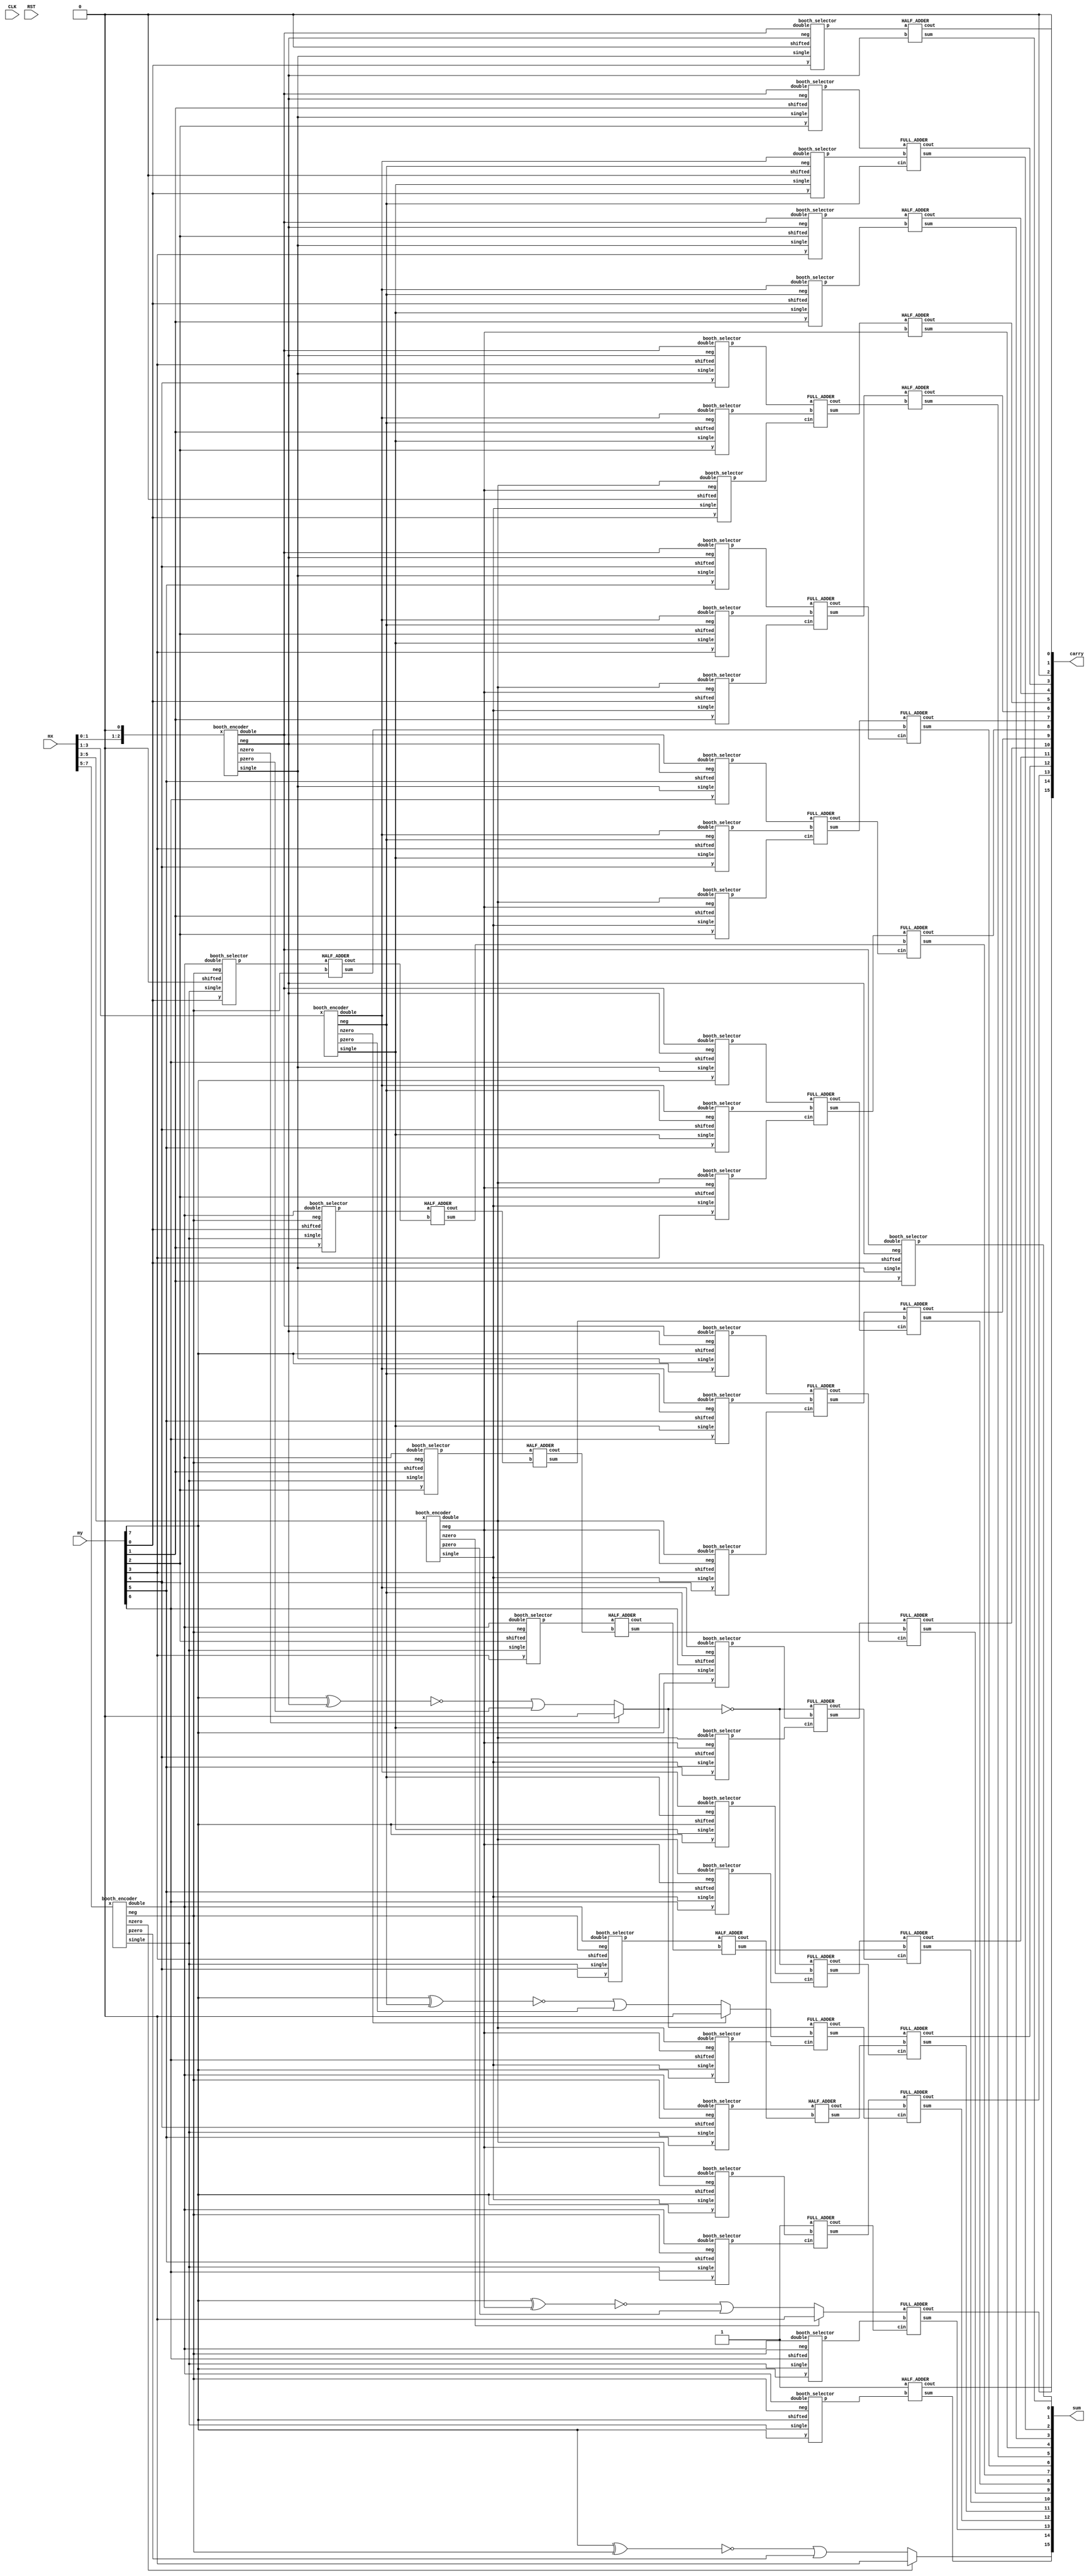
module r4_mb8 #(parameter WIDTH = 8)(

input signed [WIDTH-1:0] mx,
input signed [WIDTH-1:0] my,
input CLK,
input RST,
output signed [15:0] sum,
output signed [15:0] carry
//output signed [15:0] product
);
 
//parameter group_cnt=(WIDTH>>1)+1; 
parameter group_cnt=(WIDTH>>1); 
//wire signed [15:0] product;

wire [group_cnt - 1:0] s;
wire [group_cnt - 1:0] d;
wire [group_cnt - 1:0] n;
wire [group_cnt - 1:0] nze;
wire [group_cnt - 1:0] pze;
wire [group_cnt - 1:0] e;

wire [WIDTH:0] epp2d[0:group_cnt - 1];
wire [9:0] fpp0;
wire [9:0] fpp1;
wire [9:0] fpp2;
wire [9:0] fpp3;
//wire [7:0] fpp4;


/******************** Booth encoding ********************/
/*
			booth_encoder b_e0(.x({mx[1], mx[0], 1'b0}), .single(s[0]), .double(d[0]), .neg(n[0]));
			booth_encoder b_e1(.x({mx[3], mx[2], mx[1]}), .single(s[1]), .double(d[1]), .neg(n[1]));
			booth_encoder b_e2(.x({mx[5], mx[4], mx[3]}), .single(s[2]), .double(d[2]), .neg(n[2]));
	                booth_encoder b_e3(.x({mx[7], mx[6], mx[5]}), .single(s[3]), .double(d[3]), .neg(n[3]));
*/
			booth_encoder b_e0(.x({mx[1], mx[0], 1'b0}), .single(s[0]), .double(d[0]),  .neg(n[0]), .pzero(pze[0]), .nzero(nze[0]));
			booth_encoder b_e1(.x({mx[3], mx[2], mx[1]}), .single(s[1]), .double(d[1]), .neg(n[1]), .pzero(pze[1]), .nzero(nze[1]));
			booth_encoder b_e2(.x({mx[5], mx[4], mx[3]}), .single(s[2]), .double(d[2]), .neg(n[2]), .pzero(pze[2]), .nzero(nze[2]));
	                booth_encoder b_e3(.x({mx[7], mx[6], mx[5]}), .single(s[3]), .double(d[3]), .neg(n[3]), .pzero(pze[3]), .nzero(nze[3]));
			//booth_encoder b_e4(.x({1'b0, 1'b0, mx[WIDTH - 1]}), .single(s[4]), .double(d[4]), .neg(n[4]));
			

/******************** Booth Selector-----Partial Product Generation ********************/
genvar i, j;

generate
    for (j = 0; j < group_cnt; j = j + 1) begin: b_selector 
			booth_selector bs(.double(d[j]), .shifted(1'b0), .single(s[j]), .y(my[0]), .neg(n[j]), .p(epp2d[j][0]));
			booth_selector bs0(.double(d[j]), .shifted(my[0]), .single(s[j]), .y(my[1]), .neg(n[j]), .p(epp2d[j][1]));
			booth_selector bs1(.double(d[j]), .shifted(my[1]), .single(s[j]), .y(my[2]), .neg(n[j]), .p(epp2d[j][2]));
			booth_selector bs2(.double(d[j]), .shifted(my[2]), .single(s[j]), .y(my[3]), .neg(n[j]), .p(epp2d[j][3]));
			booth_selector bs3(.double(d[j]), .shifted(my[3]), .single(s[j]), .y(my[4]), .neg(n[j]), .p(epp2d[j][4]));
			booth_selector bs4(.double(d[j]), .shifted(my[4]), .single(s[j]), .y(my[5]), .neg(n[j]), .p(epp2d[j][5]));
			booth_selector bs5(.double(d[j]), .shifted(my[5]), .single(s[j]), .y(my[6]), .neg(n[j]), .p(epp2d[j][6]));
			booth_selector bs6(.double(d[j]), .shifted(my[6]), .single(s[j]), .y(my[7]), .neg(n[j]), .p(epp2d[j][7]));
			booth_selector bs7(.double(d[j]), .shifted(my[7]), .single(s[j]), .y(my[7]), .neg(n[j]), .p(epp2d[j][8]));
			
end
endgenerate

//extend signals
assign e[0] = nze[0] ? 1'b0:(~(my[WIDTH-1] ^ n[0]) | pze[0]);
assign e[1] = nze[1] ? 1'b0:(~(my[WIDTH-1] ^ n[1]) | pze[1]);
assign e[2] = nze[2] ? 1'b0:(~(my[WIDTH-1] ^ n[2]) | pze[2]);
assign e[3] = nze[3] ? 1'b0:(~(my[WIDTH-1] ^ n[3]) | pze[3]);
 
// assign e[0] = ~(my[WIDTH-1]^n[0]);
// assign e[1] = ~(my[WIDTH-1]^n[1]);
// assign e[2] = ~(my[WIDTH-1]^n[2]);
// assign e[3] = ~(my[WIDTH-1]^n[3]);

//Partial Products
assign fpp0 = {~e[0] , epp2d[0]};
assign fpp1 = {e[1] , epp2d[1]};
assign fpp2 = {e[2] , epp2d[2]};
assign fpp3 = {e[3] , epp2d[3]};
//assign fpp4 = {epp2d[4][7:0]};

//Correction vector
//wire [15:0]cv= {7'b0101011,1'b0,1'b0,n[3],1'b0,n[2],1'b0,n[1],1'b0,n[0]};
//wire [15:0]cv= {4'b0101,e[0],~e[0],3'b000,n[3],1'b0,n[2],1'b0,n[1],1'b0,n[0]};


wire [15:0] SUM;
wire [14:0] CARRY; 
wire INT_SUM[29:0];
wire INT_CARRY[28:0];
HALF_ADDER HA0(.a(fpp0[0]), .b(n[0]) , .sum(INT_SUM[0]), .cout(INT_CARRY[0]));
assign SUM[0]=INT_SUM[0];
assign CARRY[0]=INT_CARRY[0];

assign INT_SUM[1]=fpp0[1];
assign SUM[1]=INT_SUM[1];
assign CARRY[1]=1'b0;

FULL_ADDER FA0(.a(fpp0[2]), .b(fpp1[0]), .cin(n[1]), .sum(INT_SUM[2]), .cout(INT_CARRY[1]));
assign SUM[2]=INT_SUM[2];
assign CARRY[2]=INT_CARRY[1];

HALF_ADDER HA1(.a(fpp0[3]), .b(fpp1[1]) , .sum(INT_SUM[3]), .cout(INT_CARRY[2]));
assign SUM[3]=INT_SUM[3];
assign CARRY[3]=INT_CARRY[2];

FULL_ADDER FA1(.a(fpp0[4]), .b(fpp1[2]), .cin(fpp2[0]), .sum(INT_SUM[4]), .cout(INT_CARRY[4]));
HALF_ADDER HA2(.a(INT_SUM[4]), .b(n[2]) , .sum(INT_SUM[5]), .cout(INT_CARRY[3]));
assign SUM[4]=INT_SUM[5];
assign CARRY[4]=INT_CARRY[3];


FULL_ADDER FA2(.a(fpp0[5]), .b(fpp1[3]), .cin(fpp2[1]), .sum(INT_SUM[6]), .cout(INT_CARRY[6]));
HALF_ADDER HA3(.a(INT_SUM[6]), .b(INT_CARRY[4]) , .sum(INT_SUM[7]), .cout(INT_CARRY[5]));
assign SUM[5]=INT_SUM[7];
assign CARRY[5]=INT_CARRY[5];


FULL_ADDER FA3(.a(fpp0[6]), .b(fpp1[4]), .cin(fpp2[2]), .sum(INT_SUM[8]), .cout(INT_CARRY[9]));
HALF_ADDER HA4(.a(fpp3[0]), .b(n[3]) , .sum(INT_SUM[9]), .cout(INT_CARRY[8]));
FULL_ADDER FA4(.a(INT_SUM[8]), .b(INT_SUM[9]), .cin(INT_CARRY[6]), .sum(INT_SUM[10]), .cout(INT_CARRY[7]));
assign SUM[6]=INT_SUM[10];
assign CARRY[6]=INT_CARRY[7];

FULL_ADDER FA5(.a(fpp0[7]), .b(fpp1[5]), .cin(fpp2[3]), .sum(INT_SUM[11]), .cout(INT_CARRY[12]));
HALF_ADDER HA5(.a(fpp3[1]), .b(INT_CARRY[8]) , .sum(INT_SUM[12]), .cout(INT_CARRY[11]));
FULL_ADDER FA6(.a(INT_SUM[11]), .b(INT_SUM[12]), .cin(INT_CARRY[9]), .sum(INT_SUM[13]), .cout(INT_CARRY[10]));
assign SUM[7]=INT_SUM[13];
assign CARRY[7]=INT_CARRY[10];


FULL_ADDER FA7(.a(fpp0[8]), .b(fpp1[6]), .cin(fpp2[4]), .sum(INT_SUM[14]), .cout(INT_CARRY[15]));
HALF_ADDER HA6(.a(fpp3[2]), .b(INT_CARRY[11]) , .sum(INT_SUM[15]), .cout(INT_CARRY[14]));
FULL_ADDER FA8(.a(INT_SUM[14]), .b(INT_SUM[15]), .cin(INT_CARRY[12]), .sum(INT_SUM[16]), .cout(INT_CARRY[13]));
assign SUM[8]=INT_SUM[16];
assign CARRY[8]=INT_CARRY[13];

FULL_ADDER FA9(.a(fpp0[9]), .b(fpp1[7]), .cin(fpp2[5]), .sum(INT_SUM[17]), .cout(INT_CARRY[18]));
HALF_ADDER HA7(.a(fpp3[3]), .b(INT_CARRY[14]) , .sum(INT_SUM[18]), .cout(INT_CARRY[17]));
FULL_ADDER FA10(.a(INT_SUM[17]), .b(INT_SUM[18]), .cin(INT_CARRY[15]), .sum(INT_SUM[19]), .cout(INT_CARRY[16]));
assign SUM[9]=INT_SUM[19];
assign CARRY[9]=INT_CARRY[16];

FULL_ADDER FA11(.a(~e[0]), .b(fpp1[8]), .cin(fpp2[6]), .sum(INT_SUM[20]), .cout(INT_CARRY[21]));
HALF_ADDER HA8(.a(fpp3[4]), .b(INT_CARRY[17]) , .sum(INT_SUM[21]), .cout(INT_CARRY[20]));
FULL_ADDER FA12(.a(INT_SUM[20]), .b(INT_SUM[21]), .cin(INT_CARRY[18]), .sum(INT_SUM[22]), .cout(INT_CARRY[19]));
assign SUM[10]=INT_SUM[22];
assign CARRY[10]=INT_CARRY[19];


FULL_ADDER FA13(.a(e[0]), .b(fpp1[9]), .cin(fpp2[7]), .sum(INT_SUM[23]), .cout(INT_CARRY[24]));
HALF_ADDER HA9(.a(fpp3[5]), .b(INT_CARRY[20]) , .sum(INT_SUM[24]), .cout(INT_CARRY[23]));
FULL_ADDER FA14(.a(INT_SUM[23]), .b(INT_SUM[24]), .cin(INT_CARRY[21]), .sum(INT_SUM[25]), .cout(INT_CARRY[22]));
assign SUM[11]=INT_SUM[25];
assign CARRY[11]=INT_CARRY[22];


FULL_ADDER FA15(.a(1'b1), .b(fpp2[8]), .cin(fpp3[6]), .sum(INT_SUM[26]), .cout(INT_CARRY[26]));
FULL_ADDER FA16(.a(INT_SUM[26]), .b(INT_CARRY[23]), .cin(INT_CARRY[24]), .sum(INT_SUM[27]), .cout(INT_CARRY[25]));
assign SUM[12]=INT_SUM[27];
assign CARRY[12]=INT_CARRY[25];

FULL_ADDER FA17(.a(fpp2[9]), .b(fpp3[7]), .cin(INT_CARRY[26]), .sum(INT_SUM[28]), .cout(INT_CARRY[27]));
assign SUM[13]=INT_SUM[28];
assign CARRY[13]=INT_CARRY[27];

HALF_ADDER HA10(.a(1'b1), .b(fpp3[8]), .sum(INT_SUM[29]), .cout(INT_CARRY[28]));
assign SUM[14]  =INT_SUM[29];
assign CARRY[14]=INT_CARRY[28];

assign SUM[15]=fpp3[9];
assign carry={CARRY,1'b0};
assign sum=SUM;
//assign sum =st20; // [15:0] -- 16 bit
//assign carry=st21; // [13:0] -- 14bit
//assign product=sum+carry;
endmodule


/******************** Booth Encoder ********************/
module booth_encoder (x, single, double, neg, pzero,nzero);

input [2:0]x;

output single;

output  double;

output neg;
output pzero;
output nzero;

wire w0;

wire w1;

assign single = x[0] ^ x[1];

assign neg = x[2];

assign  w0 = ~(x[1] ^ x[2]);

assign  w1 = (x[0] ^ x[1]);

assign pzero = ~x[0] & ~x[1] & ~x[2];
assign nzero = x[0] & x[1] & x[2];
assign double =~(w0|w1);

endmodule

/******************** Booth Selector ********************/
module booth_selector (double, shifted, single, y, neg, p);

input double;

input shifted;

input single;

input y;

input neg;

output p;

assign  p = (neg ^ ((y & single) | (shifted & double)));

endmodule

/******************** 1bit Full Adder ********************/

module FULL_ADDER ( a, b, cin, sum, cout );

input  a;

input  b;

input  cin;

output sum;

output cout;

   wire TMP;

   assign TMP = a ^ b;

   assign sum = TMP ^ cin;

   assign cout =  ~ (( ~ (TMP & cin)) & ( ~ (a & b)));

endmodule
 
module HALF_ADDER ( a, b, sum, cout );

input  a;

input  b;

output sum;

output cout;

   assign sum = a ^ b;

   assign cout = a & b;

endmodule